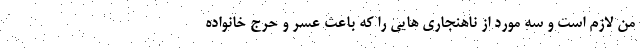
من لازم است و سه مورد از ناهنجاری هایی را که باعث عسر و حرج خانواده